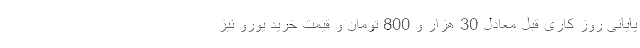
پایانی روز کاری قبل معادل 30 هزار و 800 تومان و قیمت خرید یورو نیز